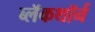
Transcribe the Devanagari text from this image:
ब्लॅकथॉर्न